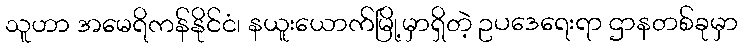
သူဟာ အမေရိကန်နိုင်ငံ၊ နယူးယောက်မြို့မှာရှိတဲ့ ဥပဒေရေးရာ ဌာနတစ်ခုမှာ